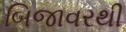
બિજાવરથી